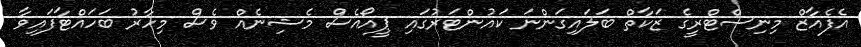
އެފެއާޒް މިނިސްޓްރީގެ ޒަކާތް ބަލައިގަންނަ ކައުންޓަރުގައި ޕީއޯއެސް މެޝިނެއް ވެސް މިހާރު ބަހައްޓާފައިވާ